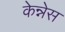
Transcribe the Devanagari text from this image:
केन्नेस